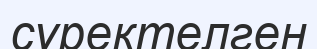
сүректелген